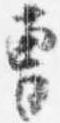
曹